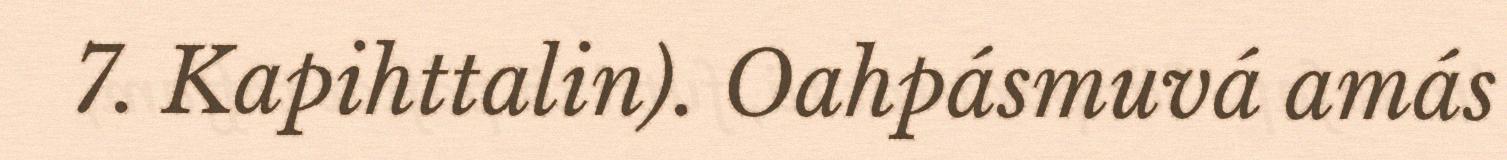
7. Kapihttalin). Oahpásmuvá amás